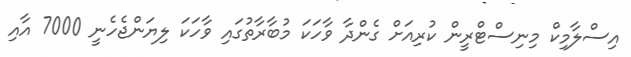
އިސްލާމިކް މިނިސްޓްރީން ކުރިއަށް ގެންދާ ވާހަކަ މުބާރާތުގައި ވާހަކަ ލިޔަންޖެހެނީ 7000 އާއި